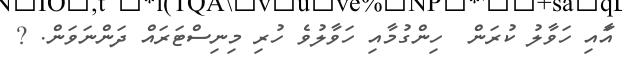
އާައި ހަވާލު ކުރަން  ހިންގުމާއި ހަވާލުވެ ހުރި މިނިސްޓަރަައް ދަންނަވަން. ?